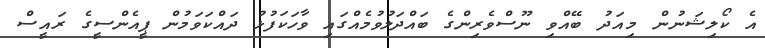
އެ ކޯލިޝަނުން މިއަދު ބޭއްވި ނޫސްވެރިންގެ ބައްދަލުވުމެއްގައި ވާހަކަފުޅު ދައްކަވަމުން ޕީއެންސީގެ ރައީސް